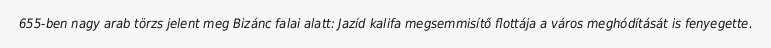
655-ben nagy arab törzs jelent meg Bizánc falai alatt: Jazíd kalifa megsemmisítő flottája a város meghódítását is fenyegette.